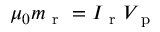
\mu _ { 0 } m _ { \mathrm { ~ r ~ } } = I _ { \mathrm { ~ r ~ } } V _ { \mathrm { ~ p ~ } }